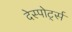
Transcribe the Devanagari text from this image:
देस्पोर्ट्स